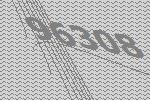
96308